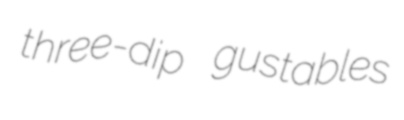
three-dip gustables